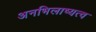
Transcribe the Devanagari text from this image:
अनभिलाष्यत्व